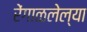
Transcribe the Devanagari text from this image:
रेंगाळलेल्या